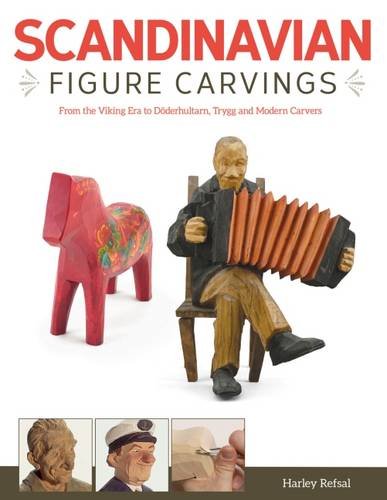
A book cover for Scandinavian Figure Carving: From the Viking Era to Doderhultarn, Trygg and Modern Carvers; Harley Refsal; Crafts, Hobbies & Home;